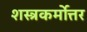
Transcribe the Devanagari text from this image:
शस्त्रकर्मोत्तर